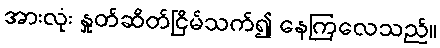
အားလုံး နှုတ်ဆိတ်ငြိမ်သက်၍ နေကြလေသည်။